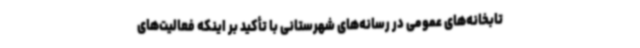
تابخانه‌های عمومی در رسانه‌های شهرستانی با تأکید بر اینکه فعالیت‌های